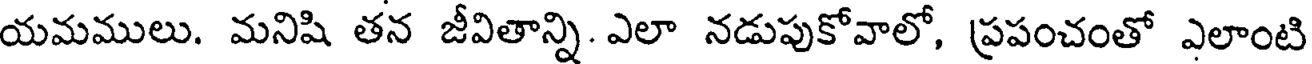
యమములు. మనిషి తన జీవితాన్ని. ఎలా నడుపుకోవాలో, ప్రపంచంతో ఎలాంటి